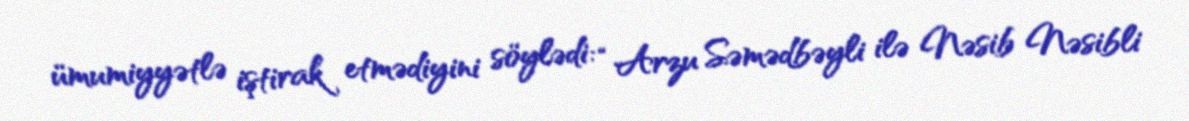
ümumiyyətlə iştirak etmədiyini söylədi: “Arzu Səmədbəyli ilə Nəsib Nəsibli